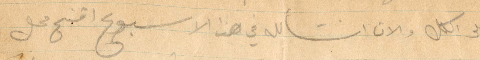
على الكل والان انشالله في هذا الأسبوع افتح محل